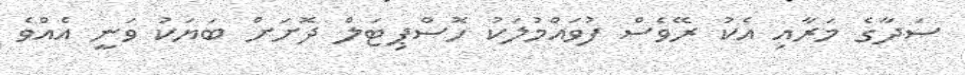
ސަދާގެ މަރާއި އެކު ރޭވެސް ފުވައްމުލަކު ހޮސްޕިޓަލް ދޮށަށް ބަޔަކު ވަނީ އެއްވެ